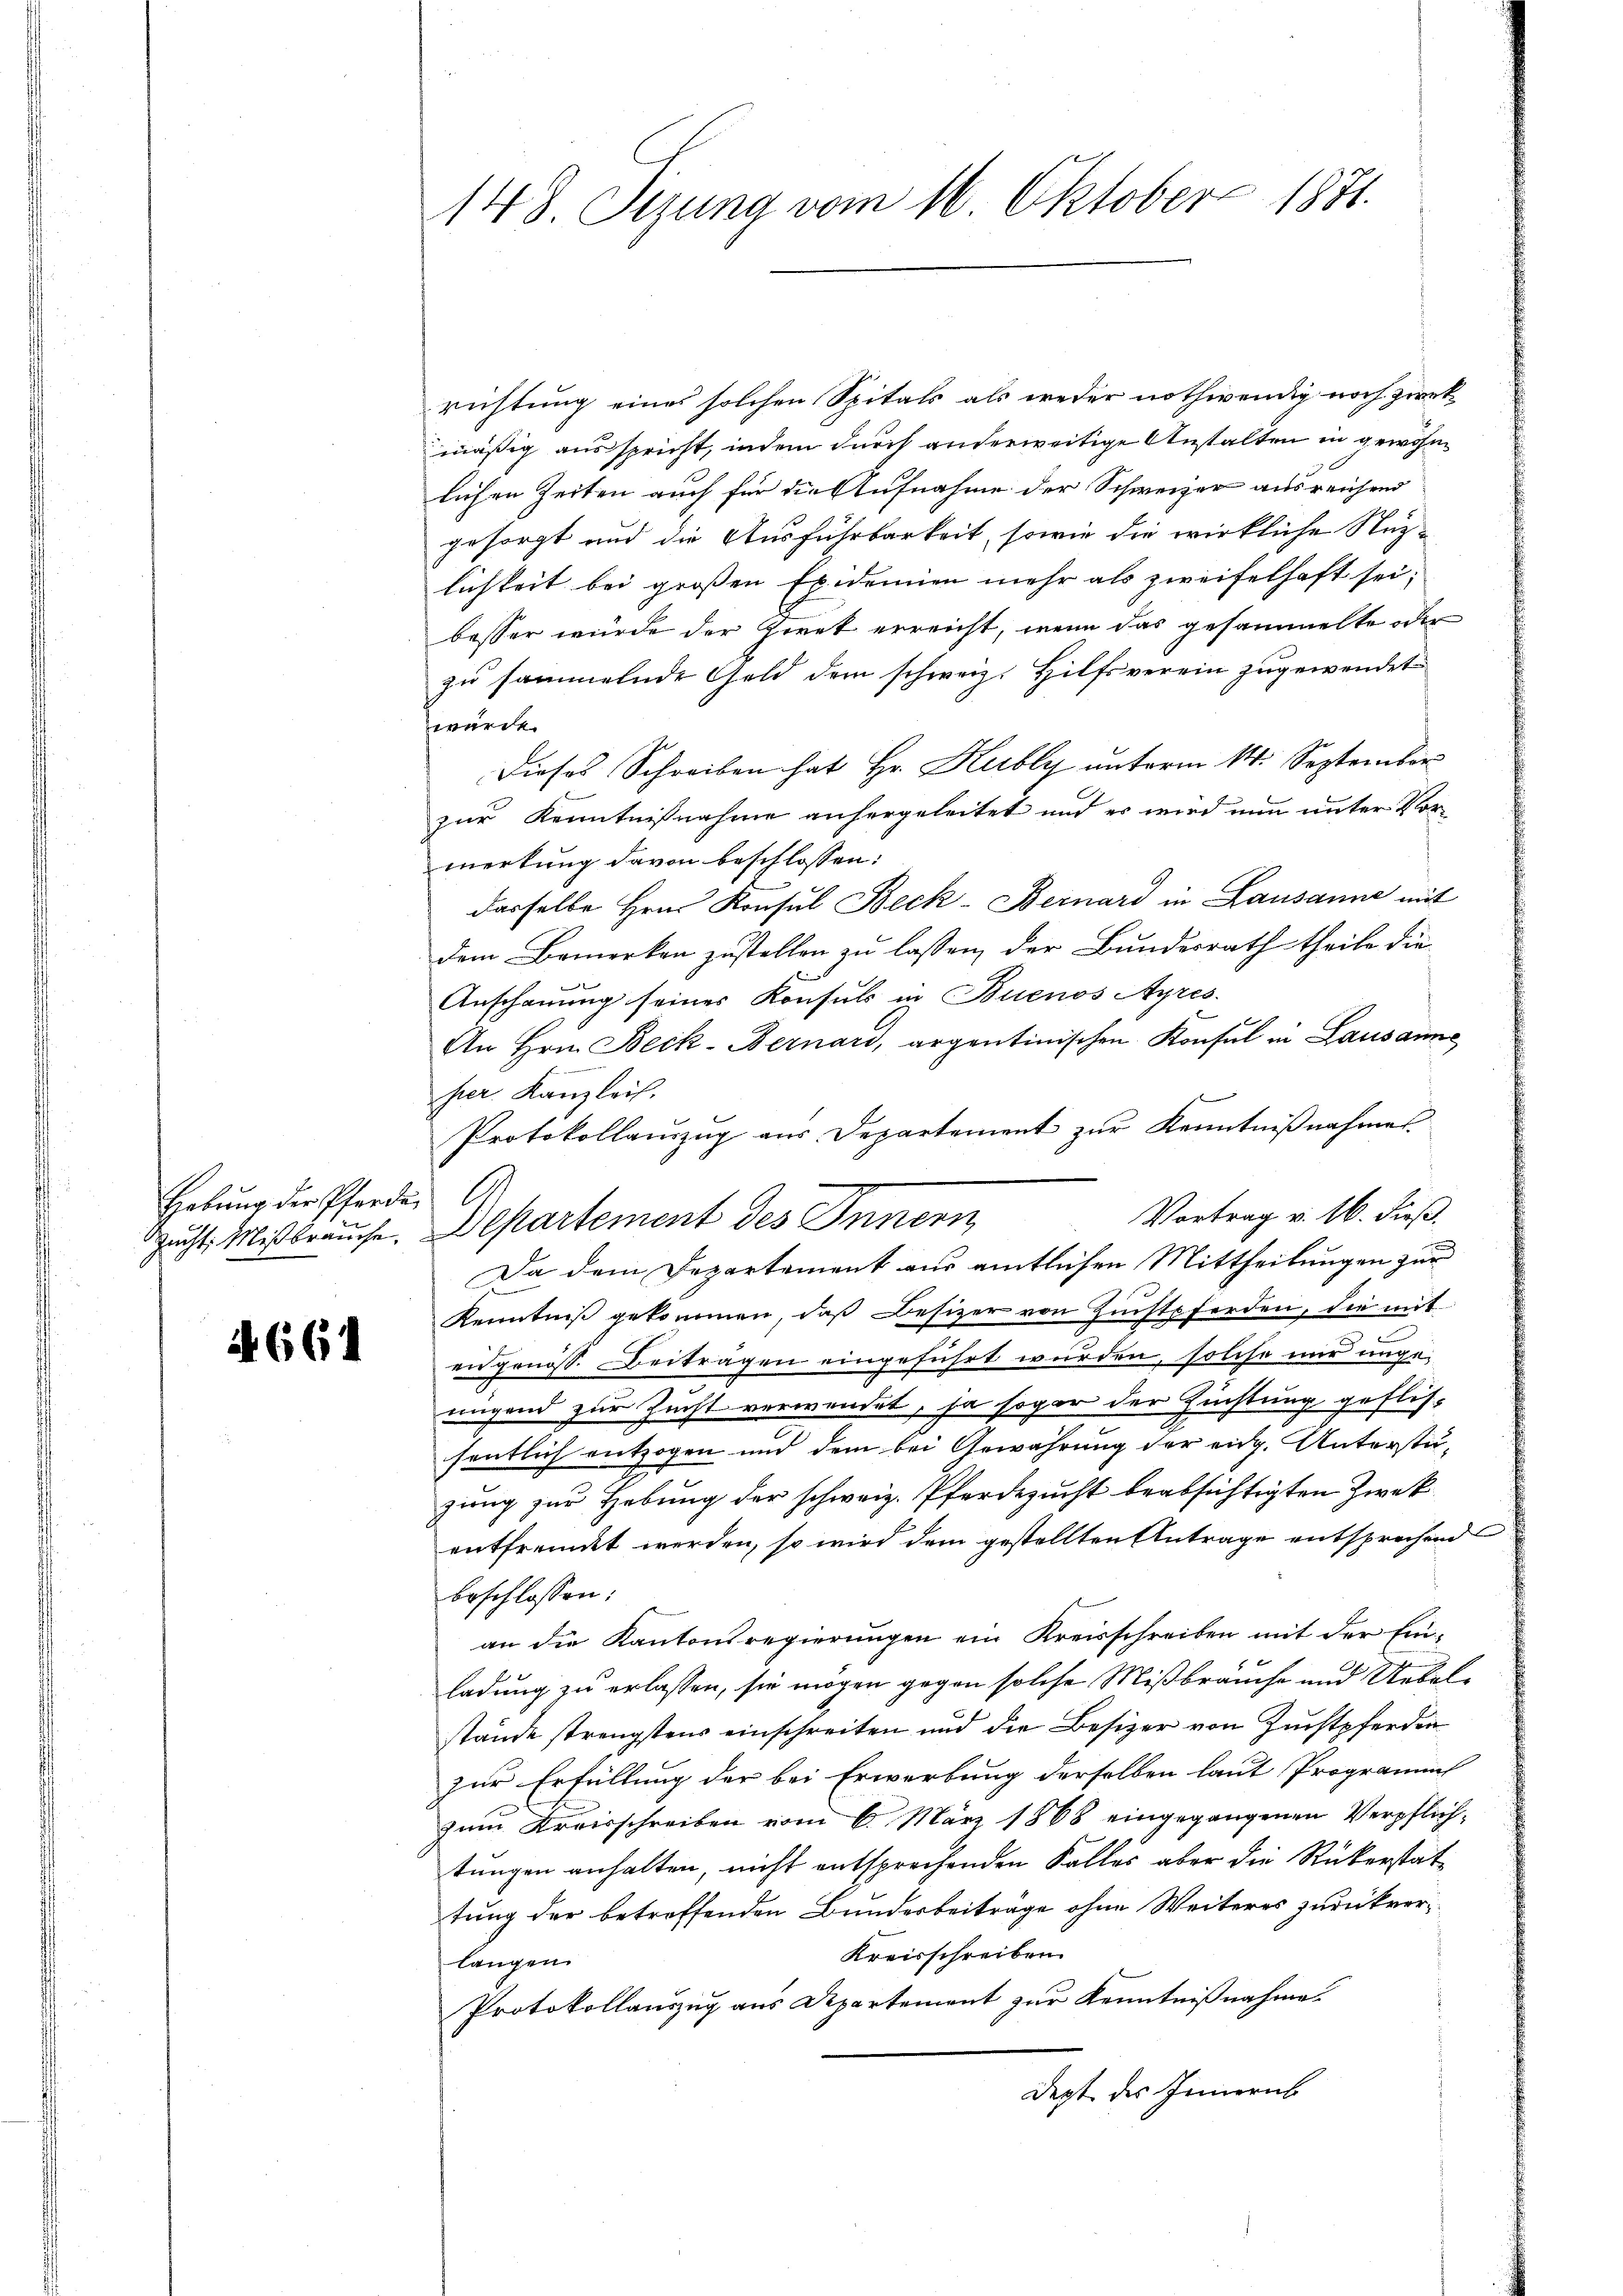
Hebŭng der Pferden A

664

148. Sizung vom 16. Oktober 1871.

richtung eines solchen Spitals als weder nothwendig noch zwekmäßig ausspricht, indem durch anderweitige Anstalten in gewohnlichen Zeiten auch für die Aufnahme der Schweizer ausreichend
gesorgt und die Ausführbarkeit, sowie die wirkliche Nuz-
lichkeit bei großen Epidemien mehr als zweifelhaft sei;
besser wurde der Zwek erreicht, wenn das gesammelte oder
zu sammelnde Geld dem schweiz. Hilfsverein zugewendet
würden
Dieses Schreiben hat Hr. Kubly unterm 14. September
zur Kenntnißnahme anhergeleitet und es wird nun unter Vormerkung davon beschlossen:
dasselbe Hrn. Konsul Beck-Bernard in Lausanne mit
dem Bemerken zustellen zu lassen, der Bundesrath theile die
Anschauung seines Konsuls in Buenos Ayres.
An Hrn. Beck-Bernari, argentinischen Konsul in Lausanne
her. Kanzlei.
d
Protokollanzug aus Departement zur Kenntnißnahmes
Da dem Departement aus amtlichen Mittheilungen zur
Kenntniß gekommen, daß Besizer von Zuchtpferden, die mit
eidgenöss. Beiträgen eingeführt wurden, solche nur ungenngend zur Zucht verwendet, ja sogar der Zuchtung geflis-
sentlich entzogen und dem bei Gewährung der eidg. Unterstügung zur Hebung der schweiz. Pferdezucht beabsichtigten Zwek
entfreundet werden, so wird dem gestellten Antrage entsprechend
beschlossen:
an die Kantonsregierungen ein Kreisschreiben mit der Einladung zu erlassen, sie mögen gegen solche Mißbräuche und Uebelstände strengstens einschreiten und die Besizer von Zuchtpferden
zur Erfüllung der bei Erwerbung derselben laut Programmt
zum Kreisschreiben vom 6. März 1868 eingegangenen Verpflichtungen anhalten, nicht entsprechenden Falles aber die Rükerstattung der betroffenden Bundesbeiträge ohne Weiteres zurückver¬
Kreisschreiben
langen.
Protokollauszug aus Departement zur Kenntnißnahme.
Dept des Jennern

racht Mißbrauche. Departement des Innern

Vortrag v. 16. Fuß.